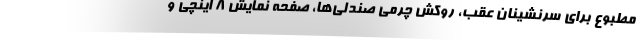
مطبوع برای سرنشینان عقب، روکش چرمی صندلی‌ها، صفحه نمایش 8 اینچی و